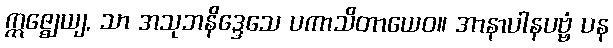
ဣဇ္ဈေယျ, သာ အသုဘနိဒ္ဒေသေ ပကာသိတာယေဝ။ အာနာပါနပဗ္ဗံ ပန